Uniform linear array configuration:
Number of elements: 48
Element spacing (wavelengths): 0.25
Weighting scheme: binomial
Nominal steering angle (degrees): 45
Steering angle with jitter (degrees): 45.134
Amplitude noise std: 0.05
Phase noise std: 0.05

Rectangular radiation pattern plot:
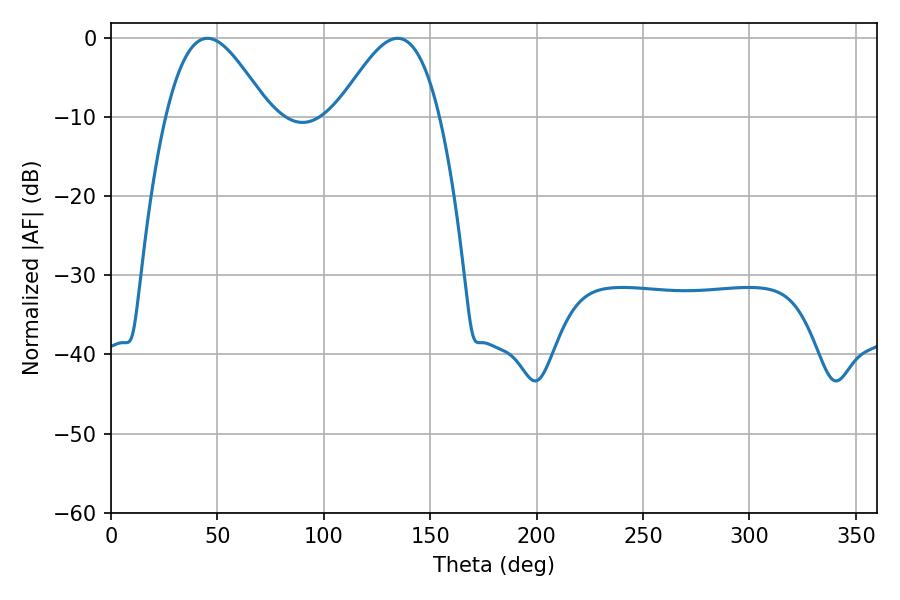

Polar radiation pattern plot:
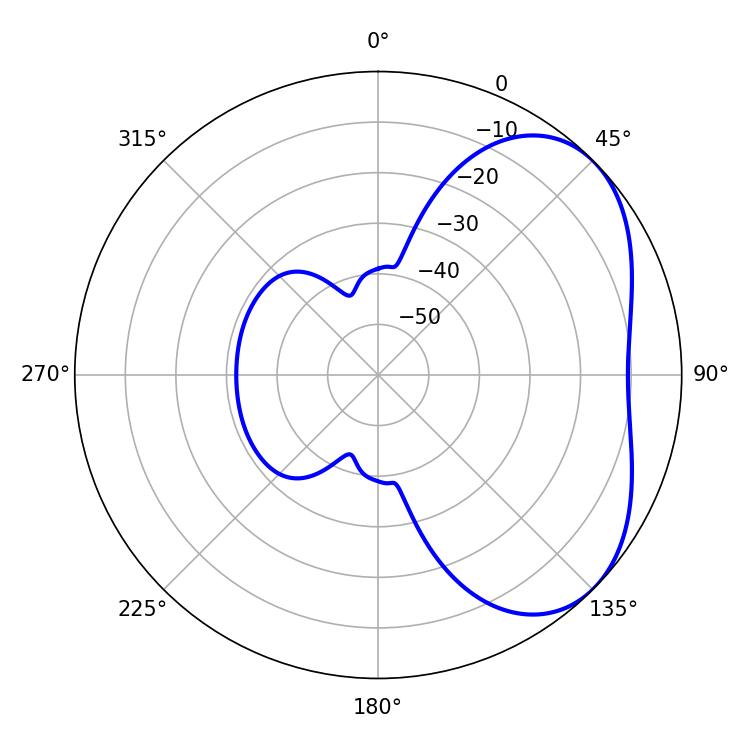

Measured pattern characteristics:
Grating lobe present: FALSE
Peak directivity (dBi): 4.182
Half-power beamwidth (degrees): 25.74
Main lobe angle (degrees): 45.36